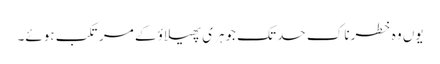
یوں وہ خطرناک حد تک جوہری پھیلاؤ کے مرتکب ہوئے۔